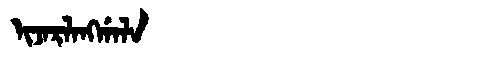
Manchu: ᡳᠵᠠᡵᠯᠠᠩᡤᠠᠯᠠ
Romanization: IJARLANGGALA